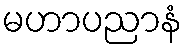
မဟာပညာနံ